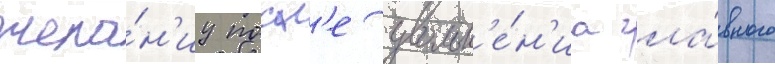
жела́н'иу посл'е увольн'е́н'иа гла́вного